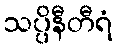
သပ္ပိနီတီရံ